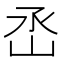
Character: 㞼